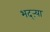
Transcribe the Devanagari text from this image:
भद्‌ऱ्या